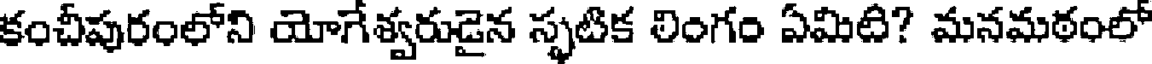
కంచీపురంలోని యోగేశ్వరుడైన స్ఫటిక లింగం ఏమిటి? మనమఠంలో